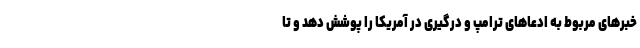
خبرهای مربوط به ادعاهای ترامپ و درگیری در آمریکا را پوشش دهد و تا